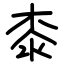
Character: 桼